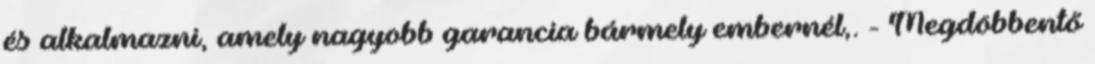
és alkalmazni, amely nagyobb garancia bármely embernél,. - Megdöbbentő